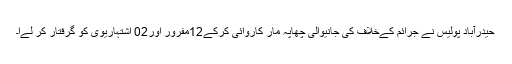
حیدرآباد پولیس نے جرائم کےخلاف کی جانیوالی چھاپہ مار کاروائی کرکے12مفرور اور02 اشتہاریوی کو گرفتار کر لےا۔